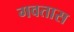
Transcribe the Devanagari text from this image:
गवतास